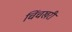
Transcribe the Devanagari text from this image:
चिंचखरी